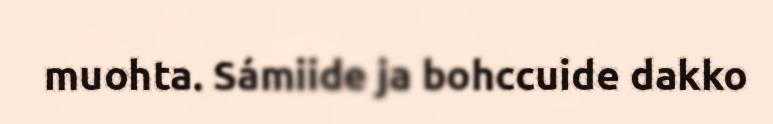
muohta. Sámiide ja bohccuide dakko